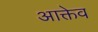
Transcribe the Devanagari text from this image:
आक्तेव